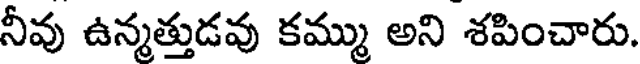
నీవు ఉన్మత్తుడవు కమ్ము అని శపించారు.